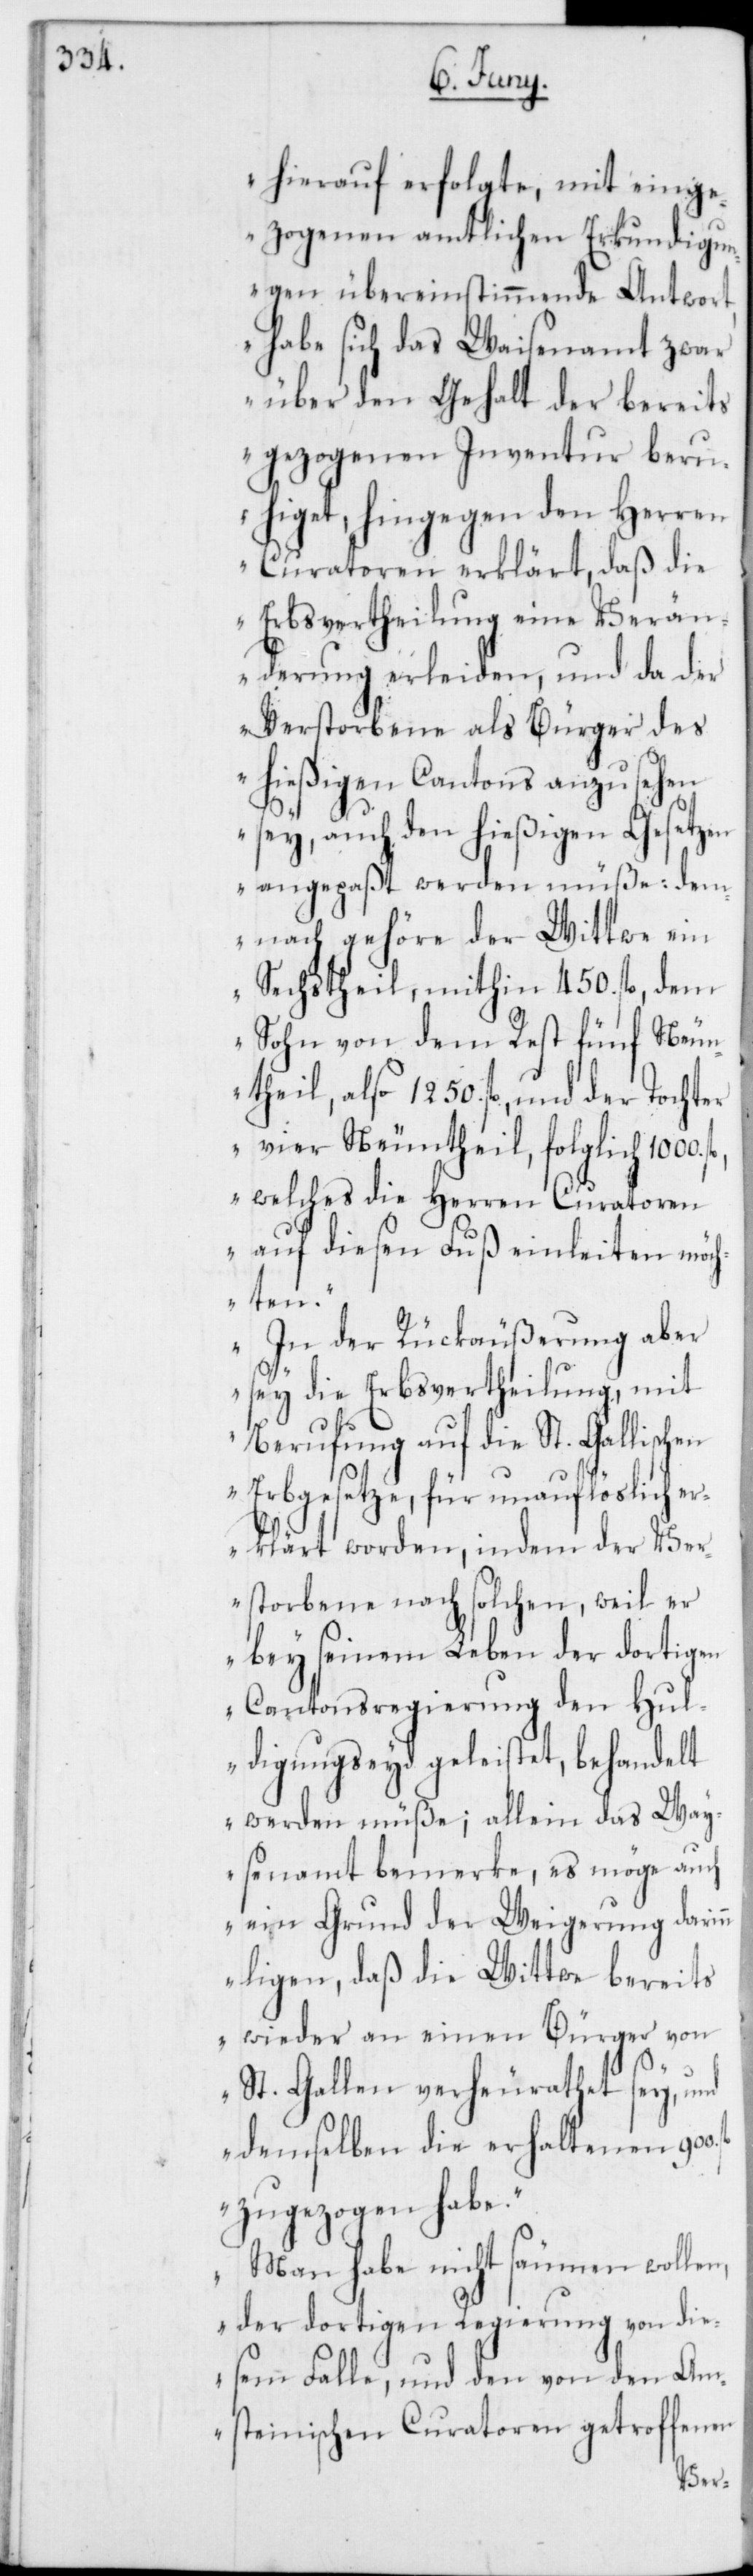
hierauf erfolgte, mit einge¬
zogenen amtlichen Erkundigu¬
ngen übereinstimmende Antwort,
habe sich das Waisenamt zwar
über den Gehalt der bereits
gezogenen Inventur beru¬
higet, hingegen den Herren
Curatoren erklärt, daß die
Erbsvertheilung eine Verän¬
derung erleiden, und da der
Verstorbene als Bürger des
hießigen Cantons anzusehen
sey, auch den hießigen Gesetzen
angepaßt werden müße: dem¬
nach gehöre der Wittwe ein
Sechstheil, mithin 450. fl., dem
Sohn von dem Rest fünf Neun¬
theil, also 1250. fl., und der Tochter
vier Neuntheil, folglich
welches die Herren Curatoren
auf diesen Fuß einleiten möc¬
hten.“
„In der Rückäußerung aber
sey die Erbsvertheilung, mit
Berufung auf die St. Gallisch¬
en Erbgesetze, für unauflöslich er¬
klärt worden, indem der Ver¬
storbene nach solchen, weil er
bey seinem Leben der dortigen
Cantonsregierung den Hul¬
digungseyd geleistet, behandelt
werden müße; allein das Way¬
senamt bemerke, es möge auch
ein Grund der Weigerung darin¬
n ligen, daß die Wittwe bereits
wieder an einen Bürger von
fl.
St. Gallen verheurathet sey, und
demselben die erhaltenen 900.
zugezogen habe.“
„Man habe nicht säumen wollen,
der dortigen Regierung von die¬
sem Falle, und den von den Am¬
steinischen Curatoren getroffenen